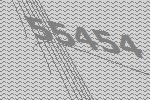
55454